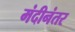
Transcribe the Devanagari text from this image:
मंदीनंतर